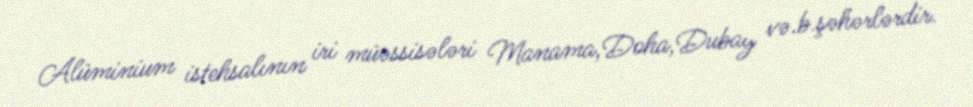
Alüminium istehsalının iri müəssisələri Manama,Doha,Dubay və.b.şəhərlərdir.